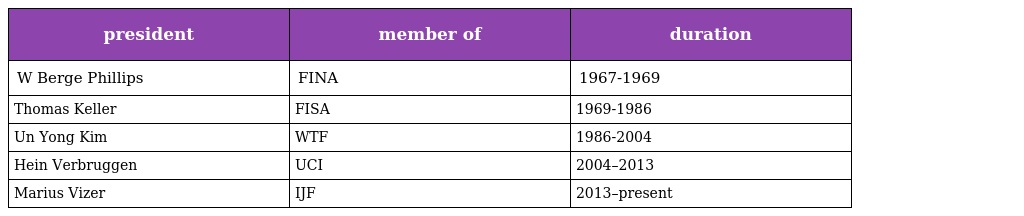
| president | member of | duration |
 | --- | --- | --- |
 | W Berge Phillips | FINA | 1967-1969 |
 | Thomas Keller | FISA | 1969-1986 |
 | Un Yong Kim | WTF | 1986-2004 |
 | Hein Verbruggen | UCI | 2004–2013 |
 | Marius Vizer | IJF | 2013–present |